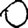
Digit: 0